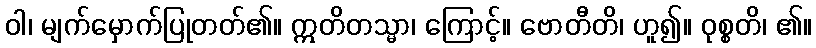
ဝါ၊ မျက်မှောက်ပြုတတ်၏။ ဣတိတသ္မာ၊ ကြောင့်။ ဗောတီတိ၊ ဟူ၍။ ဝုစ္စတိ၊ ၏။